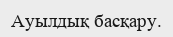
Ауылдық басқару.